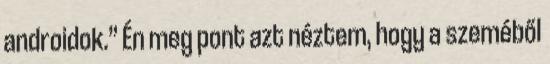
androidok.” Én meg pont azt néztem, hogy a szeméből